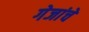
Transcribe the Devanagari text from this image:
गेजांचे